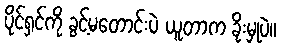
ပိုင်ရှင်ကို ခွင့်မတောင်းပဲ ယူတာက ခိုးမှုပဲ။